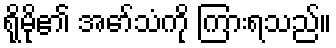
ရိုမို၏ အော်သံကို ကြားရသည်။